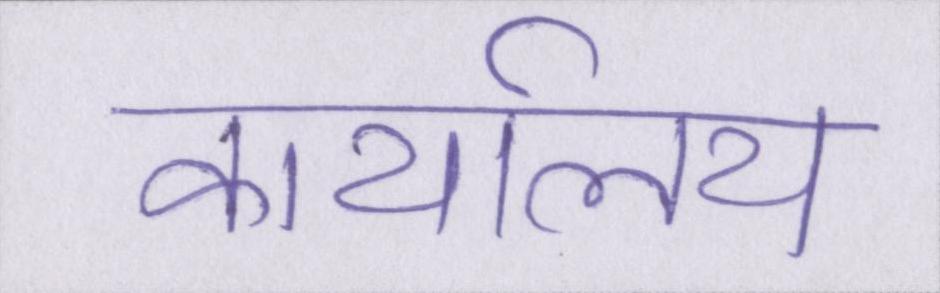
कार्यालय